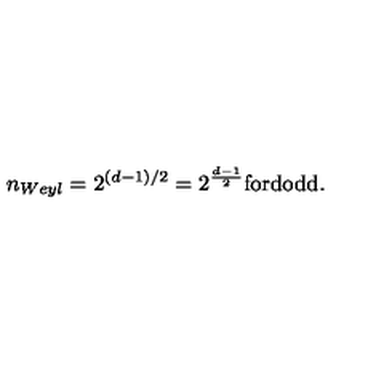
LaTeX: n _ { W e y l } = 2 ^ { ( d - 1 ) / 2 } = 2 ^ { \frac { d - 1 } { 2 } } \mathrm { f o r d o d d } .